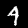
Label: 4